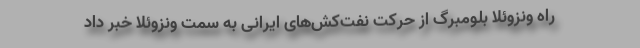
راه ونزوئلا بلومبرگ از حرکت نفت‌کش‌های ایرانی به سمت ونزوئلا خبر داد